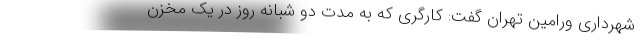
شهرداری ورامین تهران گفت: کارگری که به مدت دو شبانه روز در یک مخزن